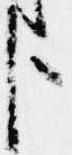
臣